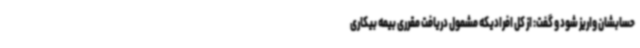
حسابشان واریز شود و گفت: از کل افرادیکه مشمول دریافت مقرری بیمه بیکاری